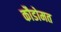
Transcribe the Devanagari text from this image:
कौडोमत